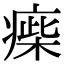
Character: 㾹